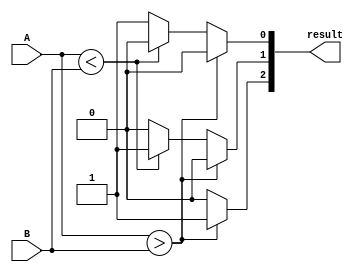
module comparator(
    input [1:0] A,
    input [1:0] B,
    output reg [2:0] result
);

always @ (*) begin
    if (A > B) begin
        result[2] = 1; // greater than
        result[1] = 0;
        result[0] = 0;
    end else if (A < B) begin
        result[2] = 0;
        result[1] = 1; // less than
        result[0] = 0;
    end else begin
        result[2] = 0;
        result[1] = 0;
        result[0] = 1; // equal
    end
end

endmodule